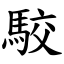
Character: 駮